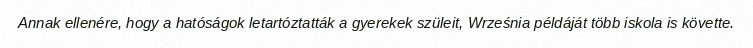
Annak ellenére, hogy a hatóságok letartóztatták a gyerekek szüleit, Września példáját több iskola is követte.